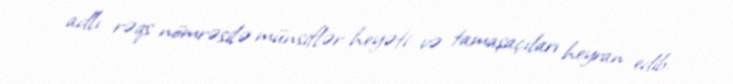
adlı rəqs nömrəsilə münsiflər heyəti və tamaşaçıları heyran edib.